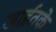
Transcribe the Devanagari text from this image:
खाईतके